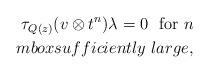
LaTeX: \begin{align*}\tau_{Q(z)}(v \otimes t^n)\lambda = 0 \ \ \mbox{for}\ n \\mbox{sufficiently\ large},\end{align*}